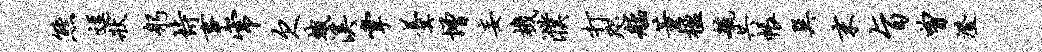
熊逗状躬恃事常欠蛾溪掌羹增妄机濮打咫艋董楹毓共帐巽末旨曾澄